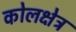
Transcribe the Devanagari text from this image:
कोलक्षेत्र